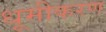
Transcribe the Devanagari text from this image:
धूमीकरण